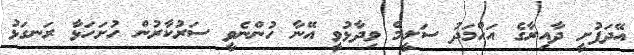
އޭދަފުށީ ދާއިރާގެ އަހްމަދު ސަލީމް ވިދާޅުވީ އޭނާ ހުންނެވީ ސަރުކާރުން ހުށަހަޅާ ރަނގަޅު